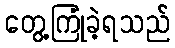
တွေ့ကြုံခဲ့ရသည်